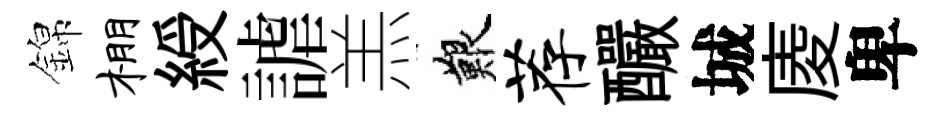
錦棚綬謔羔艱荐釅城庱卑